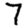
Digit: 7